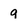
Character: 9